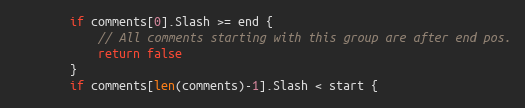
Language: Go
		if comments[0].Slash >= end {
			// All comments starting with this group are after end pos.
			return false
		}
		if comments[len(comments)-1].Slash < start {